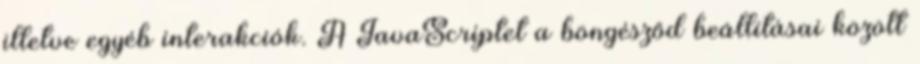
illetve egyéb interakciók. A JavaScriptet a böngésződ beállításai között